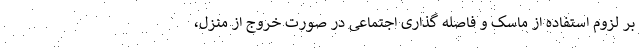
بر لزوم استفاده از ماسک و فاصله گذاری اجتماعی در صورت خروج از منزل،